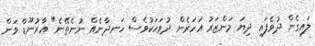
ލައިގެން ދުވެފައި ދިޔަ މަންޒަރު އަހަރެން ދުވަހަކުވެސް ހަނދާނެއް ނުނެތޭނެ" އާރުނޫޑް ވަން